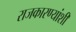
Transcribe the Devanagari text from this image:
राजकारण्यांशी